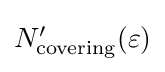
{\textstyle N'_{\text{covering}}(\varepsilon )}